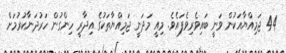
44 ޖަމިއްޔާއަކުން ވަނީ ބައިވެރިވެފައެވެ. މިއީ މަދަނީ ޖަމިއްޔާތަކުގެ އިދާރީ ހިންގުން ހަރުދަނާކުރުމަށް